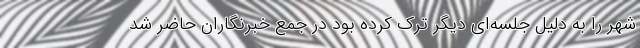
شهر را به دلیل جلسه‌ای دیگر ترک کرده بود در جمع خبرنگاران حاضر شد